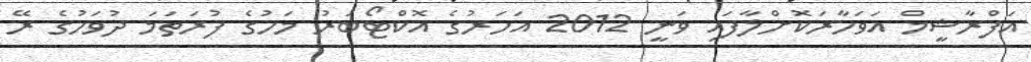
އަފްރާޝީމް އަވަހާރަކޮށްލާފައި ވަނީ 2012 އަހަރުގެ އޮކްޓޯބަރު މަހުގެ ފުރަތަމަ ދުވަހުގެ ރޭ